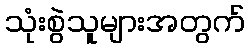
သုံးစွဲသူများအတွက်